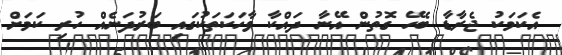
އެކަމަކު ޖެރާޑާ ބެހޭ ގޮތުން އޭނާ ދައްކާ ވާހަކަތަކުގައި ބަރުދަނެއް ހުރި ކަމަށް